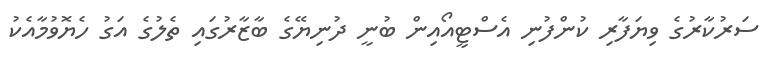
ސަރުކާރުގެ ވިޔަފާރި ކުންފުނި އެސްޓީއޯއިން ބުނީ ދުނިޔޭގެ ބާޒާރުގައި ތެލުގެ އަގު ހެޔޮވުމާއެކު